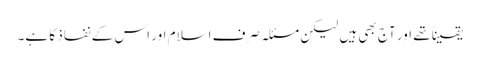
یقیناً تھے اور آج بھی ہیں لیکن مسئلہ صرف اسلام اور اس کے نفاذ کا ہے۔